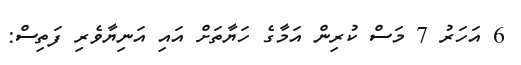
6 އަހަރު 7 މަސް ކުރިން އަމާގެ ހަޔާތަށް އައި އަނިޔާވެރި ފަތިސް: